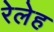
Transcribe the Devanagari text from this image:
रेलेह